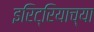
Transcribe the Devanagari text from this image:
इरिट्रियाच्या